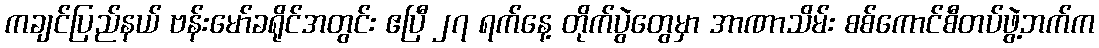
ကချင်ပြည်နယ် ဗန်းမော်ခရိုင်အတွင်း ဧပြီ ၂၇ ရက်နေ့ တိုက်ပွဲတွေမှာ အာဏာသိမ်း စစ်ကောင်စီတပ်ဖွဲ့ဘက်က